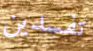
تفسدين